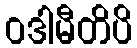
ဝဒါမီတိပိ